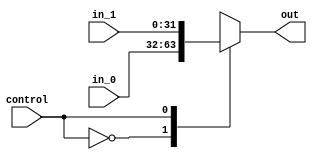
module mux2(in_0, in_1, control, out);
	input wire [31:0] in_0, in_1;
	input wire control;
	output reg [31:0] out;
	
	always@(control) begin
		case(control)
			0: out = in_0;
			1: out = in_1;
		endcase
	end
endmodule